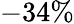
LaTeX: -34\%